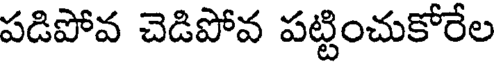
పడిపోవ చెడిపోవ పట్టించుకోరేల